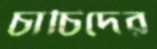
চাচিদের